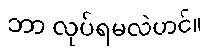
ဘာ လုပ်ရမလဲဟင်။